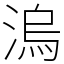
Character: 溩